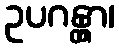
ဥပဂန္တွာ၊